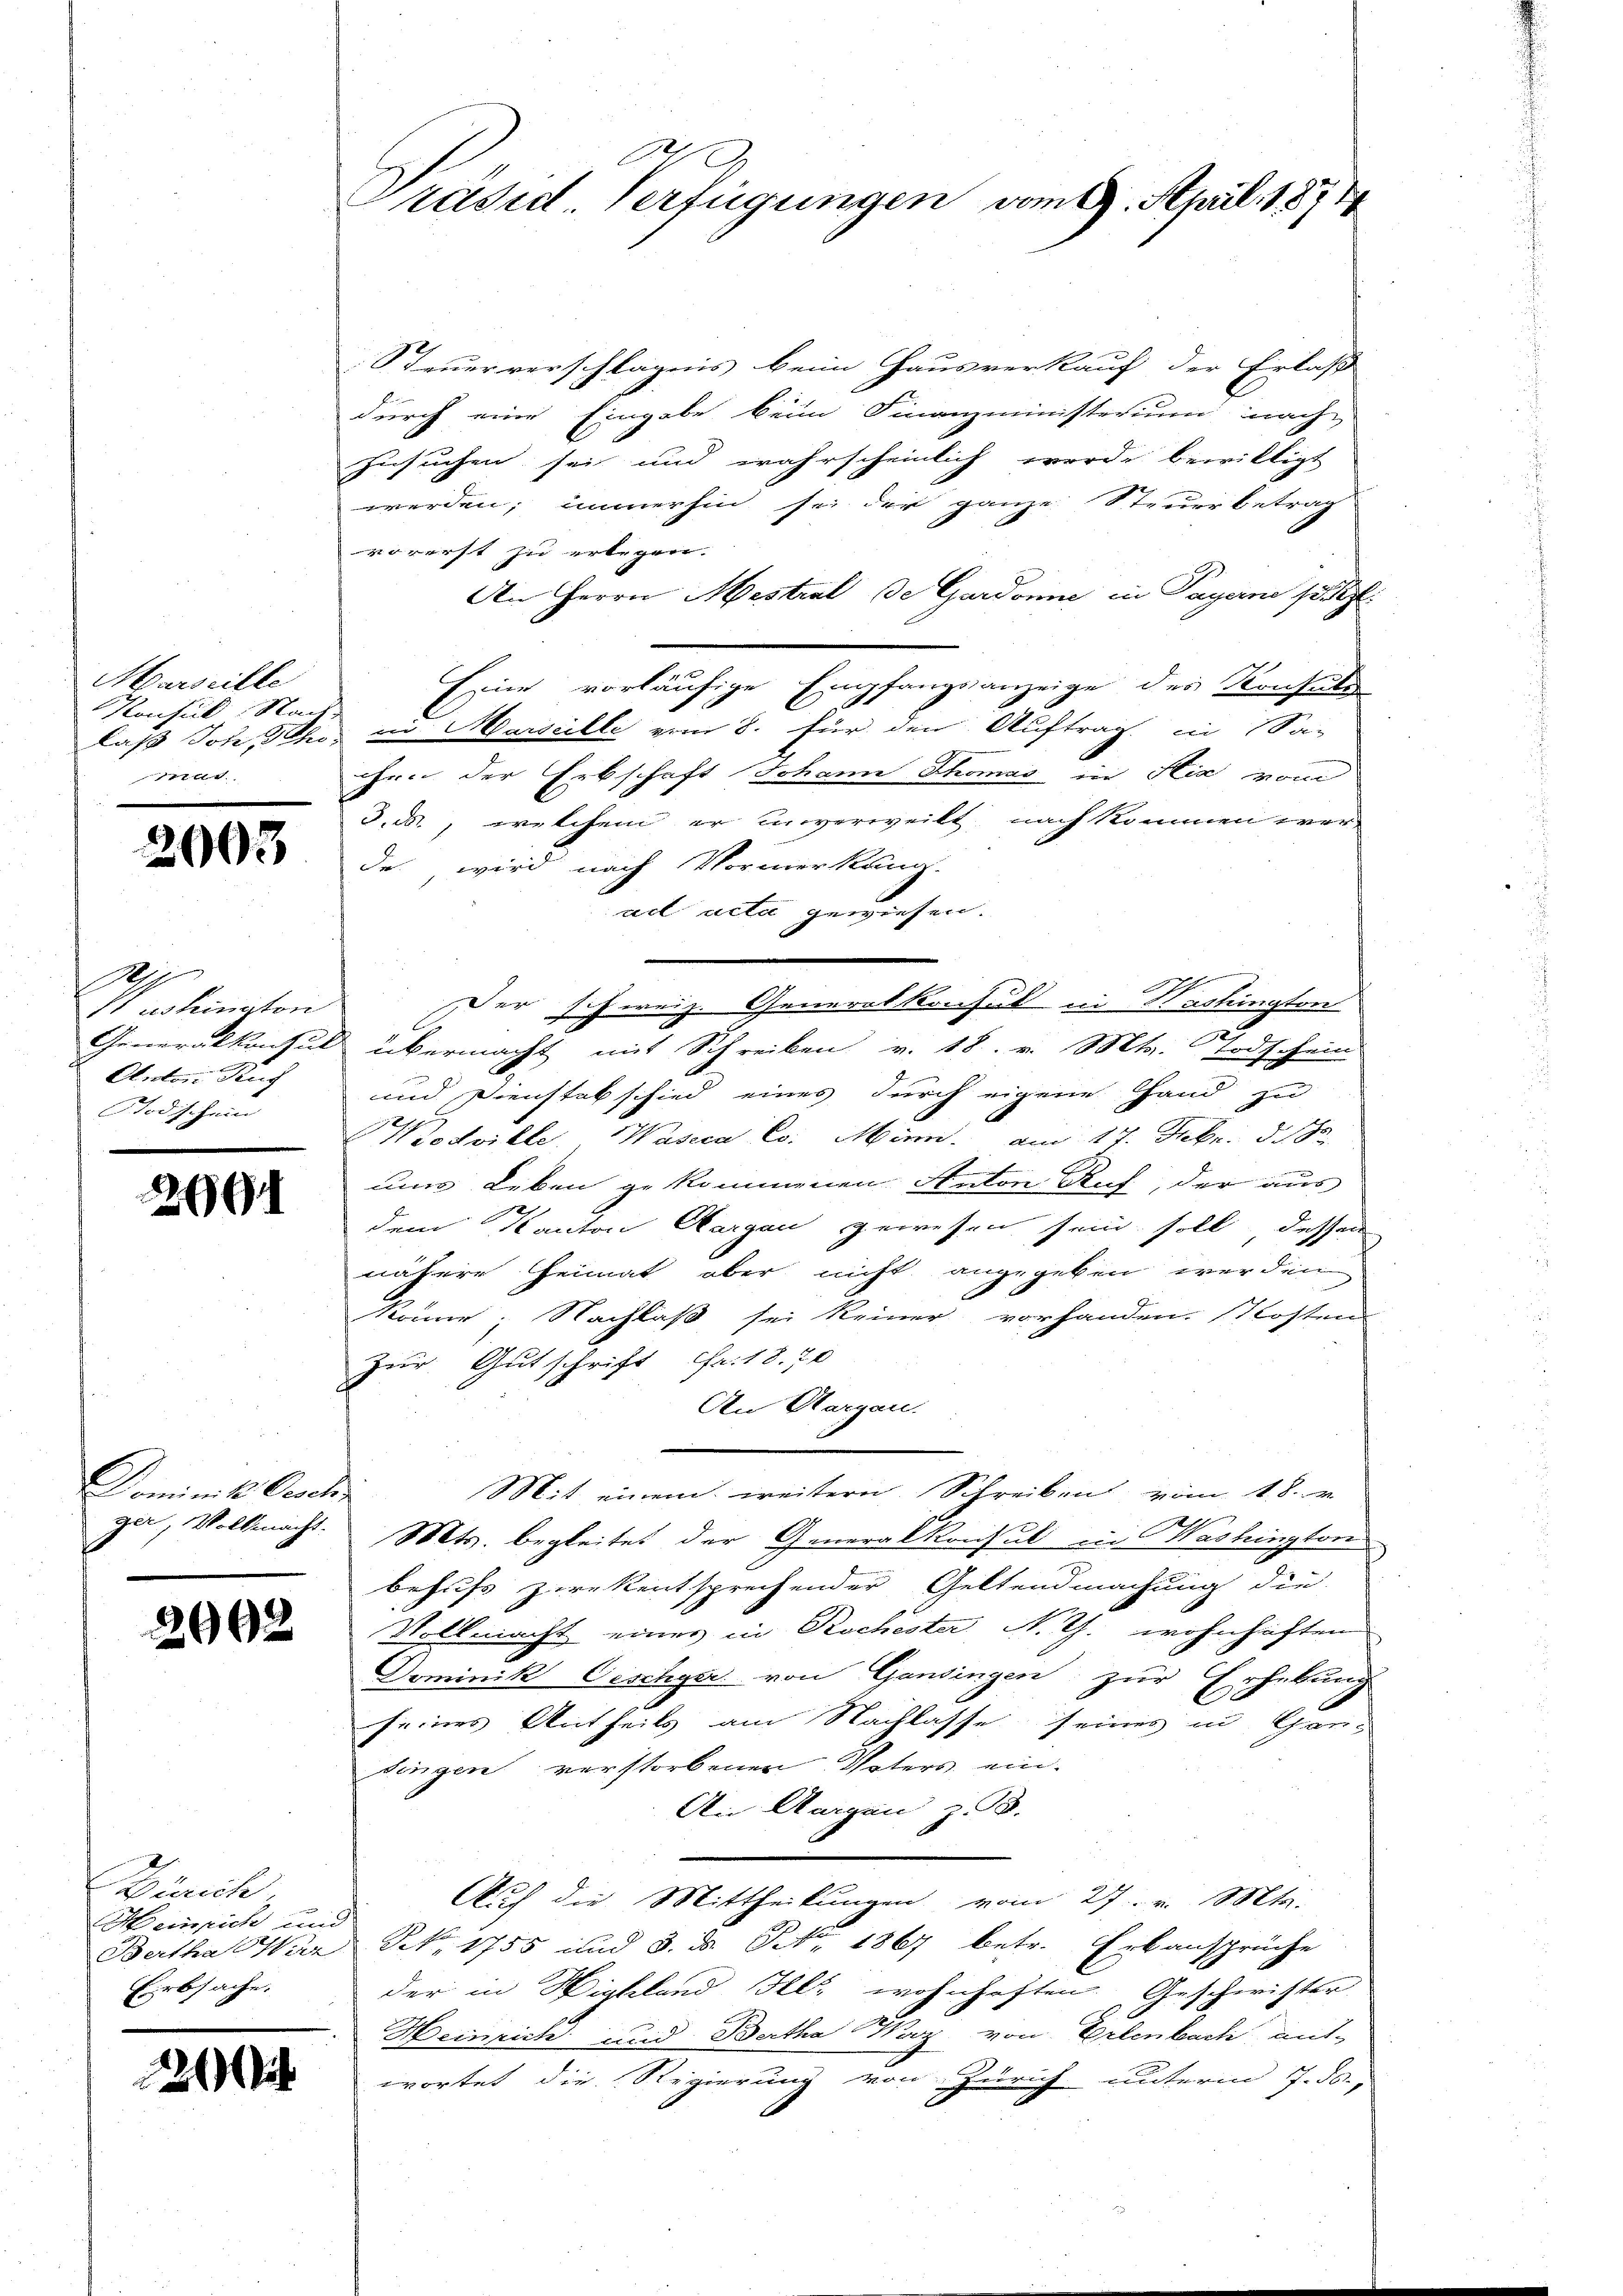
Marseille
Konsul Nach
at.

2003

S
Anton Zug
Todschauen

2691

Steuerverschlägnis beim Hausverkauf der Erlass
durch eine Eingabe beim Finanzministerium nach
zusuchen sei und wahrscheinlich werde bewilligt
werden; immerhin sei der ganze Steuerbetrag
vorerst zu erlegen.
An Herrn Mestral de Gardonne in Payerne se
Eine vorläufige Empfangsanzeige des Konsulti
laß Joh. Scher in Marseille vom 8. für den Auftrag in Sa-
chen der Erbschaft Johann Thomas in Sie vom
3.ds., welchem er unverweilt, nach kommen werde, wird nach Vormerkung.
ad acte gewiesen.
Aushington Der schweiz. Generalkonsul in Washington
Generalkonsul übermacht mit Schreiben v. 18. v. Mts. Todschein
und Dienstabschied eines durch eigene Hand zu
Modville, Wasera Co. Minn. am 17. Febr. d. J
ums Leben gekommenen Anton Ruf, der aus
dem Kanton Aargau gewesen sein soll, dessen
nähere Heimat aber nicht angegeben werden
könne; Nachlaß sei keiner vorhanden. Kosten
Zur Gutschrift Fr. 18. 70
An Aargau.
Mit einem weitern Schreiben vom 18. v.
ger, Vollmacht. Mts. begleitet der Generalkonsul in Washington
behufs zwekentsprechender Geltendmachung die
Vollmacht eines in Rochester N. G. wohnhaften
Dominik Tischger von Gansingen zur Erhebung
seines Antheils am Nachlasse seines in Gandingen verstorbenen Vaters ein¬
Ann Aargau, z. 3.
Auf die Mittheilungen vom 27. v. Mts.
Nr. 1755 und 3. ds. Nr. 1867 betr. Erbansprüche
der in Highland Ill. wohnhaften Geschwister
Heinrich und Bartha Waz von Erlenbach ent-
wortet die Regierung von Zürich unterm 7. ds.,

Dominik beschen

2992

Zürich
Heinrich und
Bertha War
Eirbsache.

2

Präsid Verfügungen vom 17. April 1871